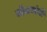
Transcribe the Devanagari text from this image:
योजनांनी